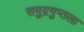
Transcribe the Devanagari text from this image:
समुद्रगुप्तला